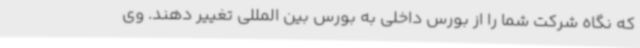
که نگاه شرکت شما را از بورس داخلی به بورس بین المللی تغییر دهند. وی